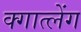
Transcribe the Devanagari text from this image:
क्गात्लेंग